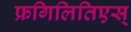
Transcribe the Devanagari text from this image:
फ्रगिलितिएस्